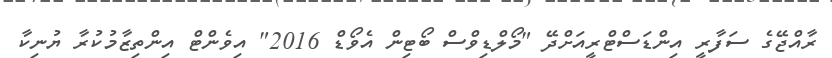
ރާއްޖޭގެ ސަފާރީ އިންޑަސްޓްރީއަށްދޭ "މޯލްޑިވްސް ބޯޓިން އެވޯޑް 2016" އިވެންޓް އިންތިޒާމުކުރާ ޔުނިކާ